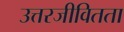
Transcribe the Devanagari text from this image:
उत्तरजीवितता